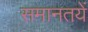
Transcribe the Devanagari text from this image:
समानतयें